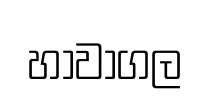
හාවාගල